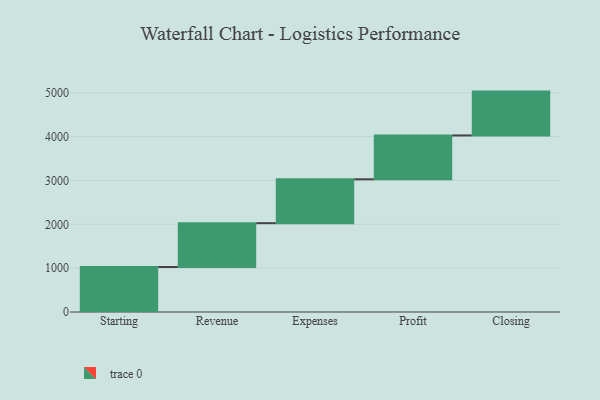
{"axis": {"x": "Step", "y": "Value"}, "legend": [""], "data": [{"x": "Starting", "y": 1026.0, "type": ""}, {"x": "Revenue", "y": 1000, "type": ""}, {"x": "Expenses", "y": 1000, "type": ""}, {"x": "Profit", "y": 1000, "type": ""}, {"x": "Closing", "y": 1000, "type": ""}]}